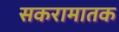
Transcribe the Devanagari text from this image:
सकरामातक